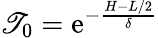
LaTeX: \mathscr{T}_{0}=\mathrm{{e}}^{-\frac{{H-L/2}}{{\delta}}}